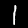
Label: 1